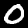
Digit: 0